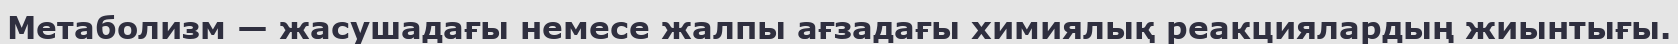
Метаболизм — жасушадағы немесе жалпы ағзадағы химиялық реакциялардың жиынтығы.